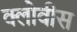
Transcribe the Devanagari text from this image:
क्लोवीस